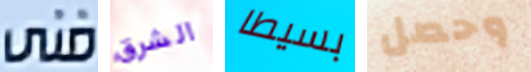
فنى الشرق بسيطا وحصل